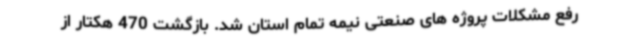
رفع مشکلات پروژه های صنعتی نیمه تمام استان شد. بازگشت 470 هکتار از